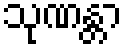
သုဏန္တာ